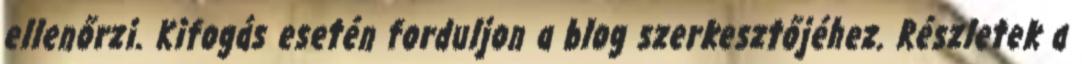
ellenőrzi. Kifogás esetén forduljon a blog szerkesztőjéhez. Részletek a